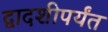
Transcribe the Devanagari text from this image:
द्वादशीपर्यंत